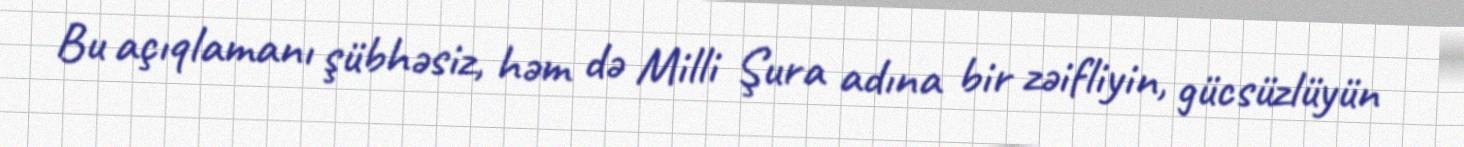
Bu açıqlamanı şübhəsiz, həm də Milli Şura adına bir zəifliyin, gücsüzlüyün